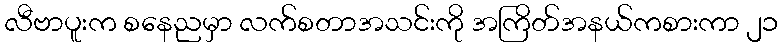
လီဗာပူးက စနေညမှာ လက်စတာအသင်းကို အကြိတ်အနယ်ကစားကာ ၂၁